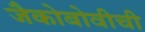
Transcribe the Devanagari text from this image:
जैकोबोवीची